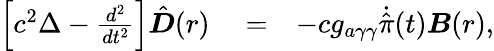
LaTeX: \begin{array}{rlr}{\left[c^{2}\Delta-\frac{d^{2}}{dt^{2}}\right]{\hat{\boldsymbol D}}(r)}&{{}=}&{-cg_{a\gamma\gamma}\dot{\hat{\pi}}(t){\boldsymbol B}(r),}\end{array}